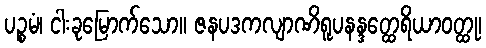
ပဉ္စမံ၊ ငါးခုမြောက်သော။ ဇနပဒကလျာဏိရူပနန္ဒတ္ထေရိယာဝတ္ထု၊